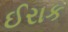
ઈરાક